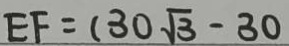
E F = ( 3 0 \sqrt { 3 } - 3 0